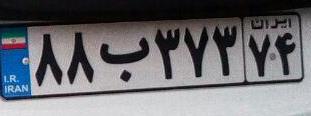
۸۸ب۳۷۳۷۴